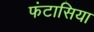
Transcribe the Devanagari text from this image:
फंटासिया